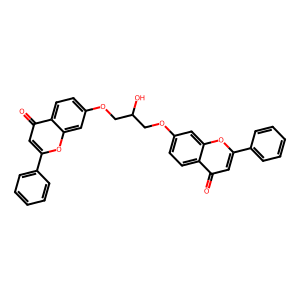
SMILES: O=c1cc(-c2ccccc2)oc2cc(OCC(O)COc3ccc4c(=O)cc(-c5ccccc5)oc4c3)ccc12
Inhibits HIV replication: No